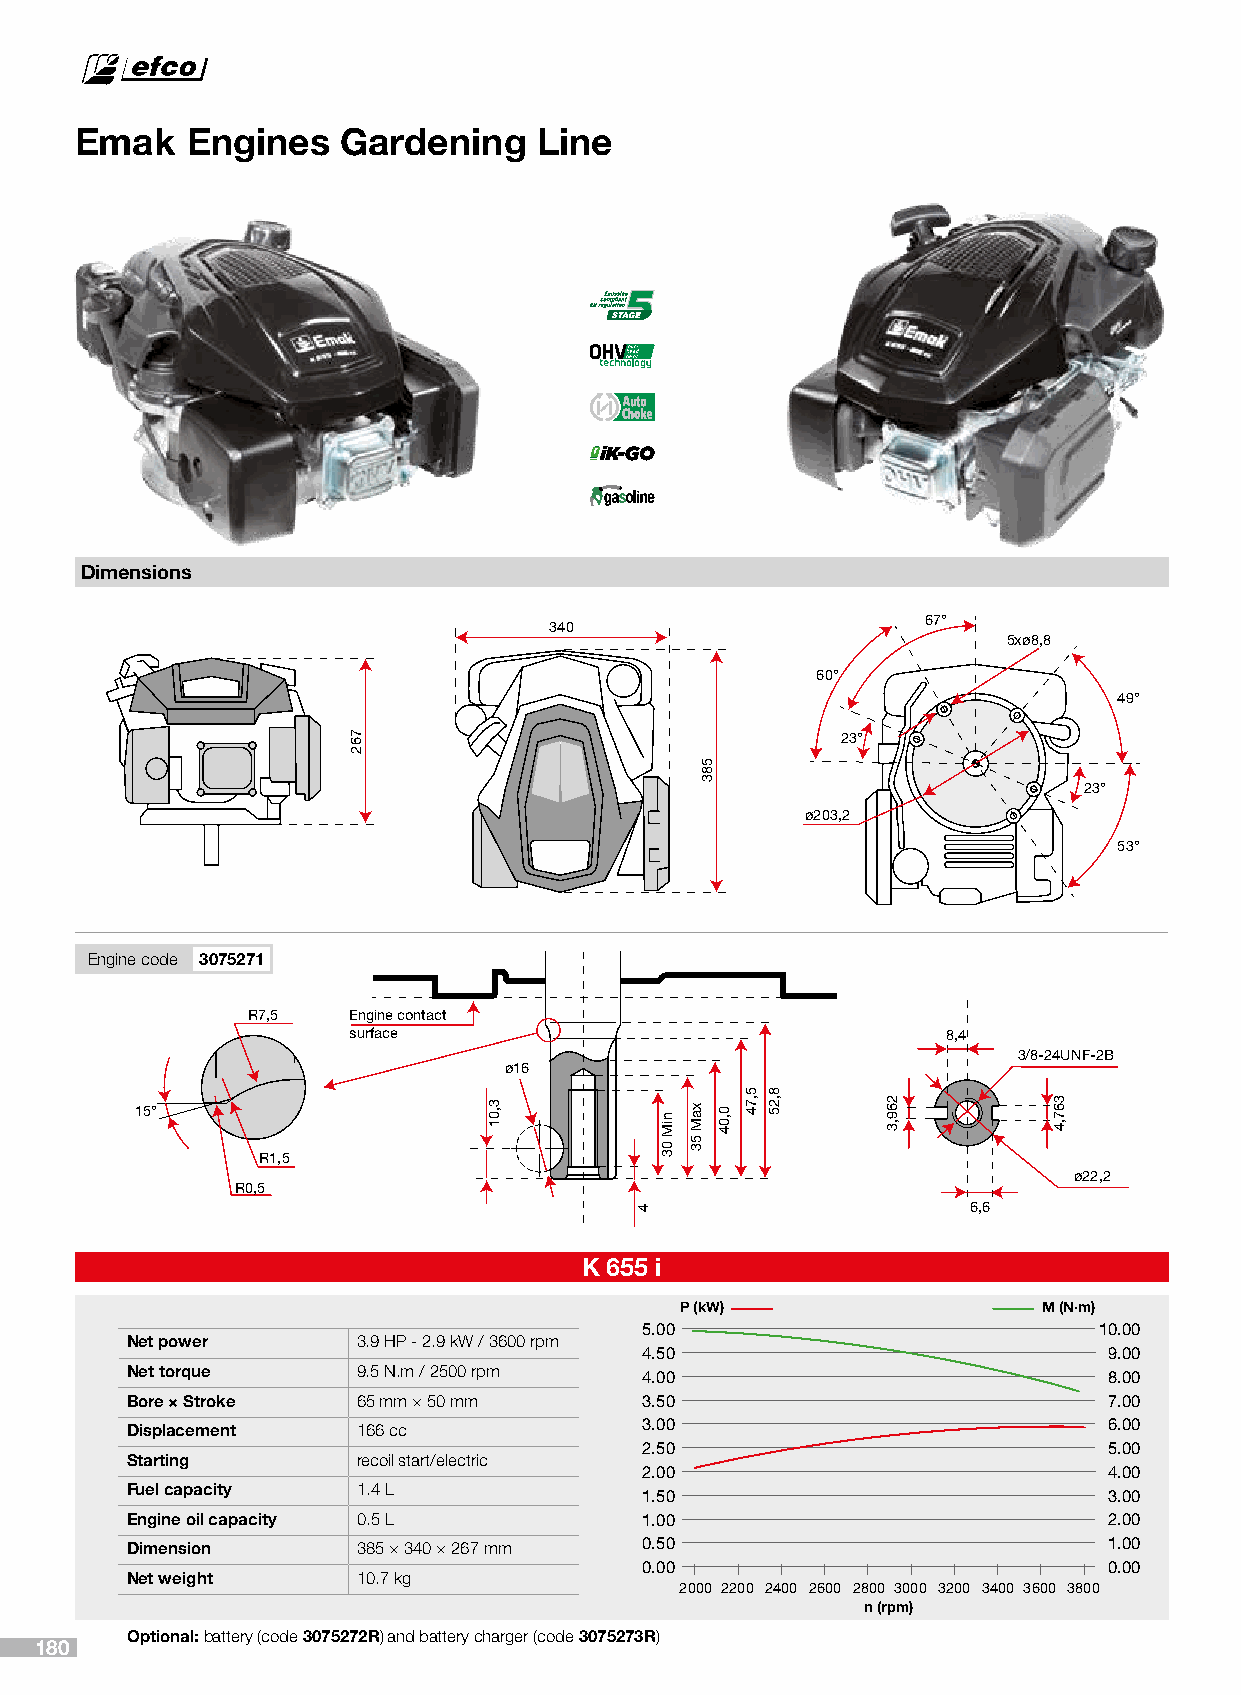
Emak   Engines    Gardening    Line
 Dimensions
 67°
 340
 5xø8,8
 60°
 49°
 23°
 23°
 ø203,2
 53°
 Engine code 3075271
 R7,5   Engine contact
 surface                                 8,4
 3/8-24UNF-2B
 ø16
 15°
 R1,5
 ø22,2
 R0,5
 6,6
 K 655 i
 P (kW)                  M (N·m)
 5.00                          10.00
 Net power       3.9 HP - 2.9 kW / 3600 rpm
 4.50                          9.00
 Net torque      9.5 N.m / 2500 rpm 4.00                          8.00
 Bore × Stroke   65 mm × 50 mm      3.50                          7.00
 Displacement    166 cc             3.00                          6.00
 2.50                          5.00
 Starting        recoil start/electric
 2.00                          4.00
 Fuel capacity   1.4 L
 1.50                          3.00
 Engine oil capacity 0.5 L          1.00                          2.00
 Dimension       385 × 340 × 267 mm 0.50                          1.00
 0.00                          0.00
 Net weight      10.7 kg
 2000 2200 2400 2600 2800 3000 3200 3400 3600 3800
 n (rpm)
 Optional: battery (code 3075272R) and battery charger (code 3075273R)
 180
 762
 3,01
 4
 niM
 03
 xaM
 53
 583
 0,04
 5,74 8,25
 269,3      367,4